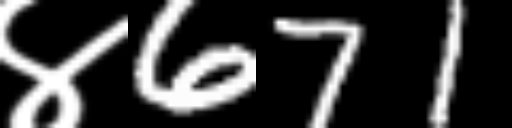
Text: ४671